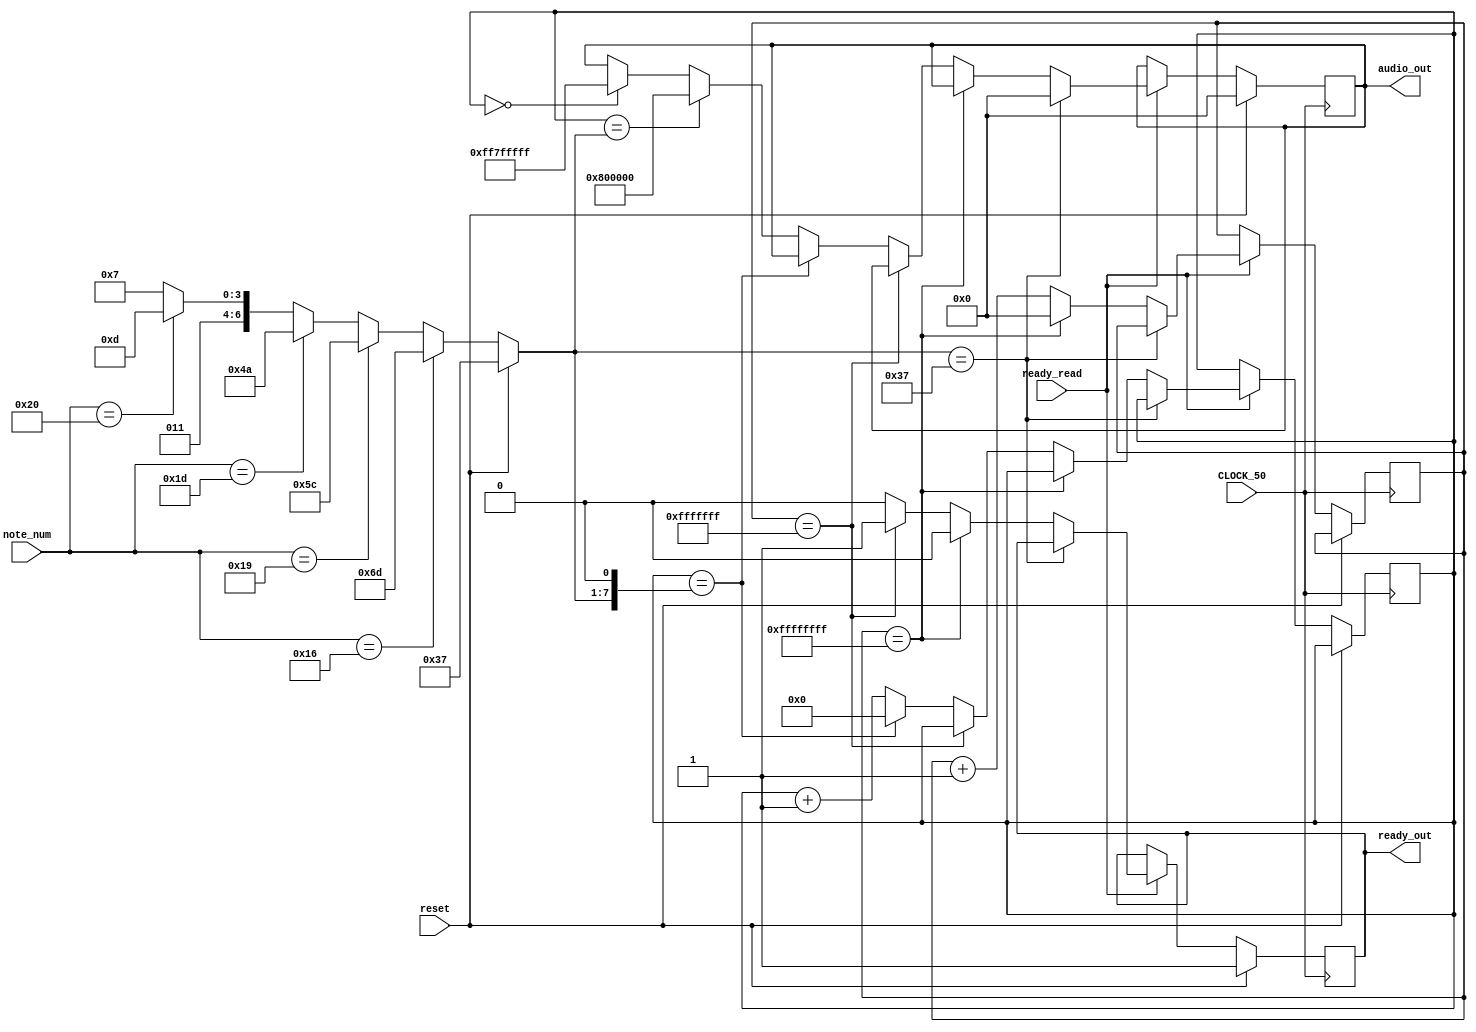
module playtone(CLOCK_50,reset, note_num, audio_out, ready_read, ready_out);//KEY,SW,LEDR
	input CLOCK_50;
	input reset;
	//wire reset = KEY[0];
	
	input [6:0]note_num;
	//wire [5:0]note_num = SW;//A2-22/C3-25/E3-29/G3-32/A3-34
	
	//connect to audio controller
	input ready_read;// = SW[6];
	output reg [31:0]audio_out;
	//output [9:0]LEDR;
	output reg ready_out;// =1'b1;

	reg [31:0]countdata;// = 11'b00000000000;
	
	
	reg [6:0]counter;//number of bits one cycle of note
	reg [7:0]count_note;//count in one cycle
	
	always @(*) begin
		if(reset == 1'b1) begin
			counter = 7'b0110111;//half of the cycle
			end
		else begin
			if (note_num == 6'b010110)begin
				counter = 7'b1101101;
				end
			else if (note_num == 6'b011001)begin
				counter = 7'b1011100;
				end
			else if (note_num == 6'b011101)begin
				counter = 7'b1001010;
				end
			else if (note_num == 6'b100000)begin
				counter = 7'b0111101;
				end
			else begin
				counter = 7'b0110111;
				end
		end//else
	end//always
	
	always @(posedge CLOCK_50) begin
		if (reset == 1'b1)begin
			audio_out <= 32'h000000000;
			ready_out <= 1'b1;
			end
		else if (!ready_read) begin
			audio_out <= audio_out;
			end
		else if (counter == 7'b0110111) begin
			audio_out <= 32'b0;
			end
		else begin
			if (countdata == 32'hFFFFFFFF) begin
				countdata <= 11'b0;
				ready_out <= 1'b0;
				audio_out <= audio_out;
				end
			else if (countdata == 32'h0FFFFFFF) begin
				countdata <=countdata +1;
				ready_out <= 1'b1;
				end
			else begin
				if (count_note == (counter <<< 1)) begin
					count_note <= 0;
					end
				else begin
					count_note <= count_note +1;
					if (count_note == counter) begin
						audio_out <= 32'h00800000;
						end
					else if (count_note == 0)begin
						audio_out <= 32'hFF7FFFFF;//magnitude of the audio
						end
					else begin
						audio_out <= audio_out;
						
						end
						
					end
				ready_out <= 1'b0;
				countdata <= countdata +1;	
			end
			
		end//else*/
	end//always
	
	//assign LEDR[9:7] = audio_out[25:23];
	//assign LEDR[6] = ready_out;
endmodule